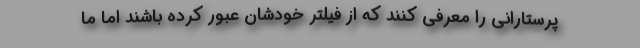
پرستارانی را معرفی کنند که از فیلتر خودشان عبور کرده باشند اما ما